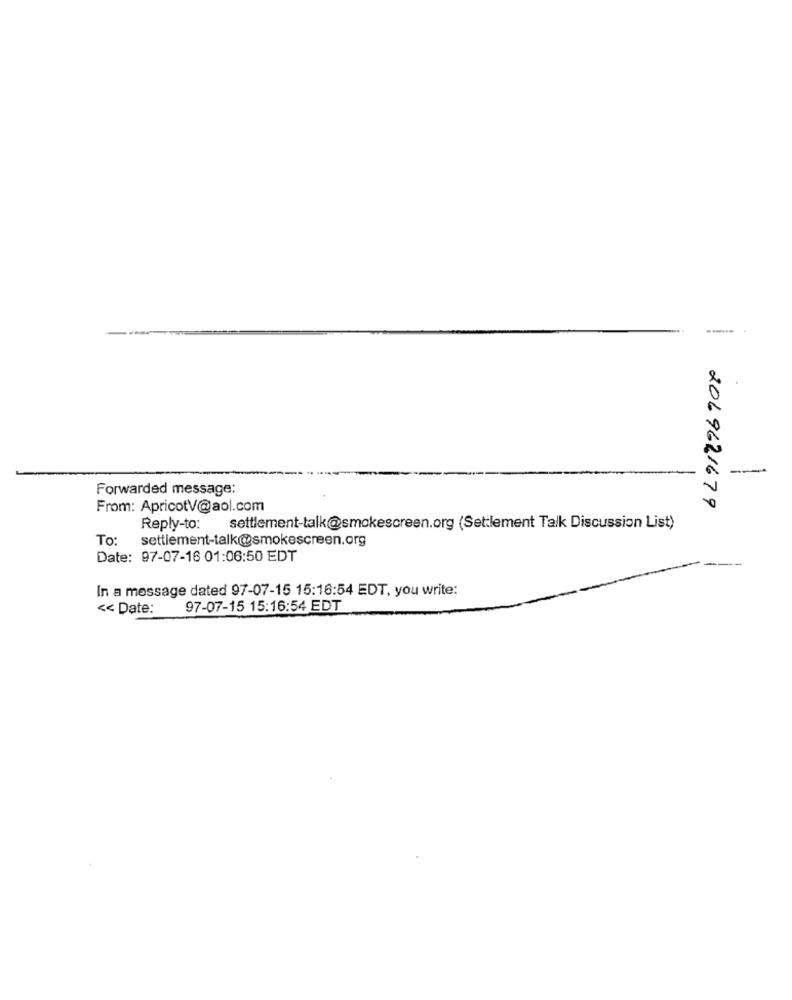
---
--
Forwarded message:
From: ApricotV@aol.com
2069621679
Reply-to:
settlement-talk@smokescreen.org (Settlement Talk Discussion List)
To:
settlement-talk@@smokescreen.org
Date: 97-07-16 01:06:50 EDT
In a message dated 97-07-15 15:16:54 EDT, you write:
<< Date:
97-07-15 15:16:54 EDT